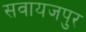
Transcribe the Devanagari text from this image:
सवायजपुर